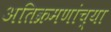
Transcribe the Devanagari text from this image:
अतिक्रमणांच्या